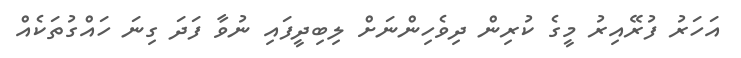
އަހަރު ފުރޭއިރު މީގެ ކުރިން ދިވެހިންނަށް ލިބިދީފައި ނުވާ ފަދަ ގިނަ ހައްގުތަކެއް